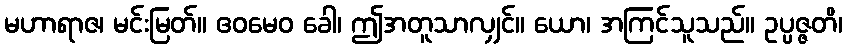
မဟာရာဇ၊ မင်းမြတ်။ ဧဝမေဝ ခေါ၊ ဤအတူသာလျှင်။ ယော၊ အကြင်သူသည်။ ဥပ္ပဇ္ဇတိ၊